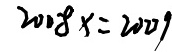
2 0 0 8 x = 2 0 0 9